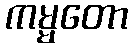
ကမ္မတော